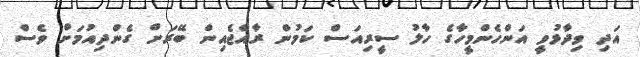
އަދި ވިދާޅުވީ އަންހެންމީހާގެ ހާލު ސީރިއަސް ކަމުން ރާއްޖެއިން ބޭރަށް ގެންދިއުމަށް ވެސް